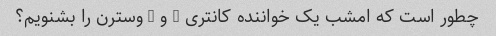
چطور است که امشب یک خواننده کانتری - و - وسترن را بشنویم؟